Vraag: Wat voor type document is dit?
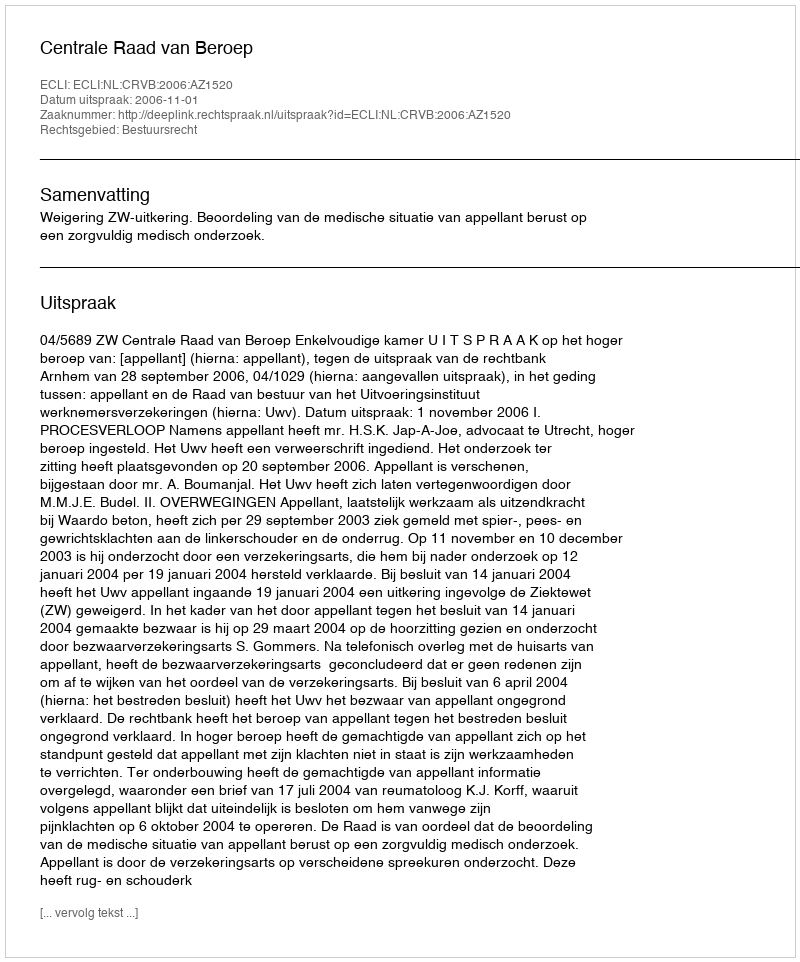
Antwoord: Uitspraak